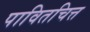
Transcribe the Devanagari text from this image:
पावितचित्त